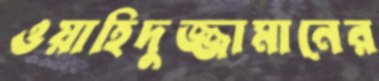
ওয়াহিদুজ্জামানের